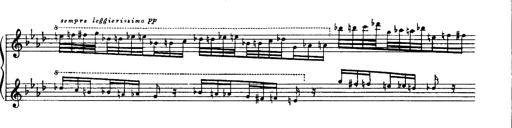
Title: Paraphrase de concert sur Ernani II
Composer: Franz Liszt